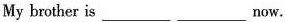
My brother is ___ ___ now.